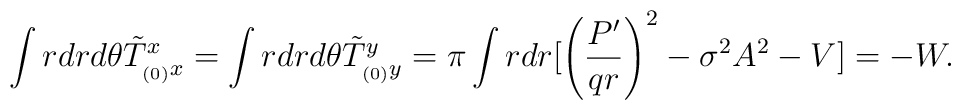
\int rdrd\theta \tilde T^x_{_{(0)}x}=\int rdrd\theta\tilde T^y_{_{(0)}y}= \pi \int r dr[\left(\frac{P'}{q r}\right)^2- \sigma^2 A^2 - V] = - W.